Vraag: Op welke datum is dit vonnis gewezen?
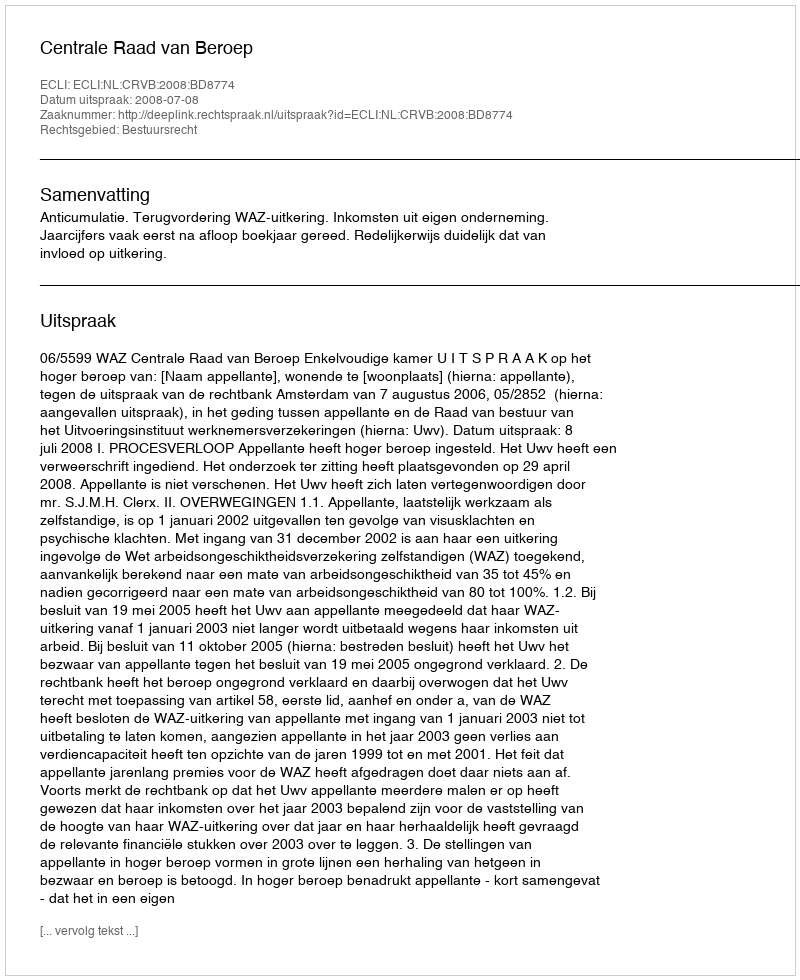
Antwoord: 2008-07-08